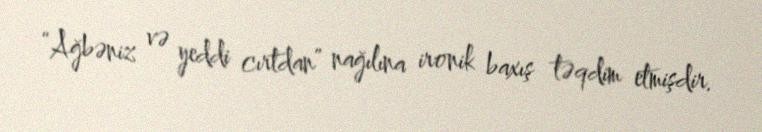
“Ağbəniz və yeddi cırtdan” nağılına ironik baxış təqdim etmişdir.